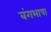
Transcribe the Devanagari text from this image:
बंगभाषा